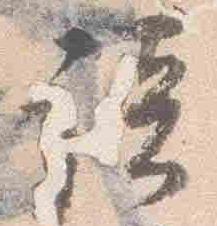
談